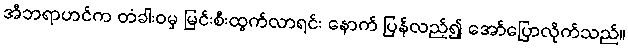
အီဘရာဟင်က တံခါးဝမှ မြင်းစီးထွက်လာရင်း နောက် ပြန်လည့်၍ အော်ပြောလိုက်သည်။